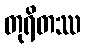
တုရိတဿ